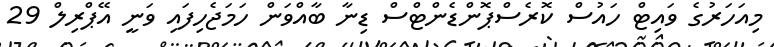
މިއަހަރުގެ ވައިޓް ހައުސް ކޮރެސްޕޮންޑެންޓްސް ޑިނާ ބާއްވަން ހަމަޖެހިފައި ވަނީ އޭޕްރިލް 29